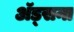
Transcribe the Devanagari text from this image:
अॅड्सना